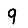
Digit: 9